Papaver somniferum - Opium : an extract from the sixth volume of the Dictionary of Economic Products of India
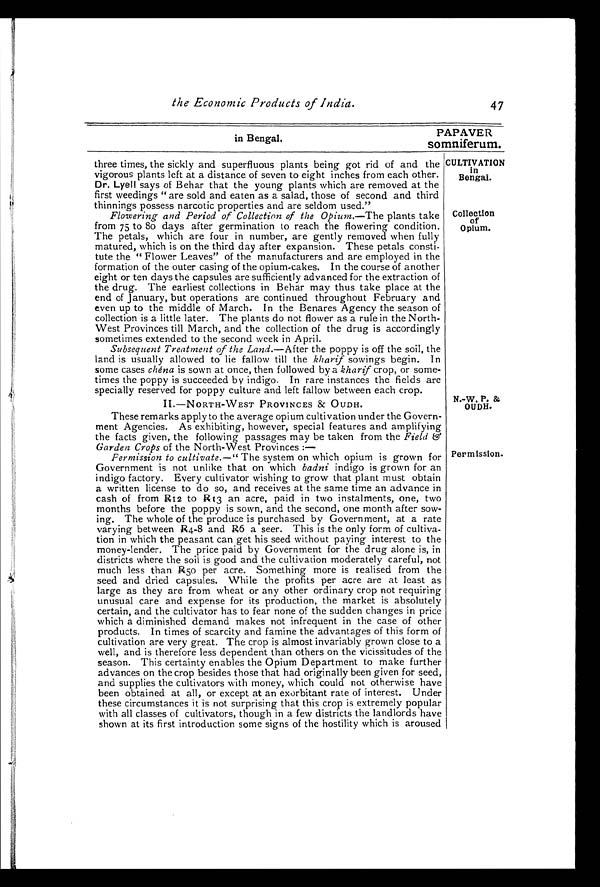
CULTIVATION
in
Bengal.
Collection of
Opium.
the Economic Products of India.
47
PAPAVER
in Bengal.
somniferum.
three times, the sickly and superfluous plants being got rid of and the
vigorous plants left at a distance of seven to eight inches from each other.
Dr. Lyell says of Behar that the young plants which are removed at the
first weedings " are sold and eaten as a salad, those of second and third
thinnings possess narcotic properties and are seldom used."
Flowering and Period of Collection of the Opium.— The plants take
from 75 to 80 days after germination to reach the flowering condition.
The petals, which are four in number, are gently removed when fully
matured, which is on the third day after expansion. These petals consti-
tute the " Flower Leaves" of the manufacturers and are employed in the
formation of the outer casing of the opium-cakes. In the course of another
eight or ten days the capsules are sufficiently advanced for the extraction of
the drug. The earliest collections in Behar may thus take place at the
end of January, but operations are continued throughout February and
even up to the middle of March. In the Benares Agency the season of
collection is a little later. The plants do not flower as a rule in the North-
West Provinces till March, and the collection of the drug is accordingly
sometimes extended to the second week in April.
Subsequent Treatment of the Land.—After the poppy is off the soil, the
land is usually allowed to lie fallow till the kharif sowings begin. In
some cases chéna is sown at once, then followed by a kharif crop, or some-
times the poppy is succeeded by indigo. In rare instances the fields are
specially reserved for poppy culture and left fallow between each crop.
II-NORTH-WEST PROVINCES & OUDH.
These remarks apply to the average opium cultivation under the Govern-
ment Agencies. As exhibiting, however, special features and amplifying
the facts given, the following passages may be taken from the Field €5'
Garden Crops of the North-West Provinces :—
P Permission to cultivate.—" The system on which opium s grown for
Government is not unlike that on which badni indigo is grown for an
indigo factory. Every cultivator wishing to grow that plant must obtain
a written license to do so, and receives at the same time an advance in
cash of from R12 to R13 an acre, paid in two instalments, one, two
months before the poppy is sown, and the second, one month after sow-
ing. The whole of the produce is purchased by Government, at a rate
varying between R4 - 8 and R6 a seer. This is the only form of cultiva-
tion in which the peasant can get his seed without paying interest to the
money-lender. The price paid by Government for the drug alone is, in
districts where the soil is good and the cultivation moderately careful, not
much less than R50 per acre. Something more is realised from the
seed and dried capsules. While the profits per acre are at least as
large as they are from wheat or any other ordinary crop not requiring
unusual care and expense for its production, the market is absolutely
certain, and the cultivator has to fear none of the sudden changes in price
which a diminished demand makes not infrequent in the case of other
products. In times of scarcity and famine the advantages of this form of
cultivation are very great. The crop is almost invariably grown close to a
well, and is therefore less dependent than others on the vicissitudes of the
season. This certainty enables the Opium Department to make further
advances on the crop besides those that had originally been given for seed,
and supplies the cultivators with money, which could not otherwise have
been obtained at all, or except at an exorbitant rate of interest. Under
these circumstances it is not surprising that this crop is extremely popular
with all classes of cultivators, though in a few districts the landlords have
shown at its first introduction some signs of the hostility which is aroused
N.-W. P. &
OUDH.
Permission.